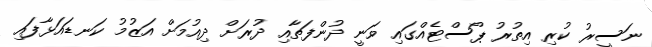
ނަސީރު ކުރި އިތުރު ޕޯސްޓެއްގައި ވަނީ ދުންފަތާއި ދުރަށް ދިއުމަށް އަޒުމު ކަނޑައަޅާފައި